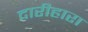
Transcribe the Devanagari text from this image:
दारीहारा